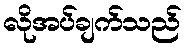
လိုအပ်ချက်သည်